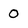
Character: 0